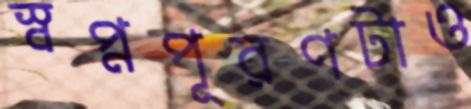
স্বপ্নপূরণটাও